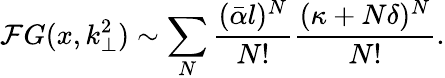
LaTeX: {\cal F}G(x,k_{\perp}^{2})\sim\sum_{N}\frac{(\bar{\alpha}l)^{N}}{N!}\frac{(\kappa+N\delta)^{N}}{N!}.